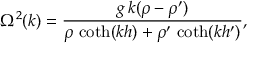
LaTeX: \Omega ^ { 2 } ( k ) = { \frac { g \, k ( \rho - \rho ^ { \prime } ) } { \rho \, \coth ( k h ) + \rho ^ { \prime } \, \coth ( k h ^ { \prime } ) } } ,